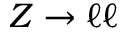
Z \to \ell \ell